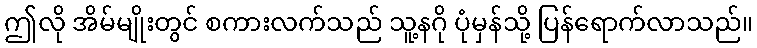
ဤလို အိမ်မျိုးတွင် စကားလက်သည် သူ့နဂို ပုံမှန်သို့ ပြန်ရောက်လာသည်။